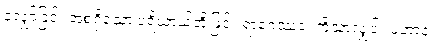
လျှော်ခြင်း အစရှိသော ပရိယာယ်တို့ဖြင့်။ ရာဂေဿဝ၊ ကိုသာလျှင်။ ပဟာနံ၊